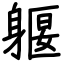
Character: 躽